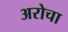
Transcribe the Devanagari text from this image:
अरोचा